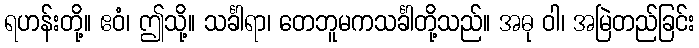
ရဟန်းတို့။ ဧဝံ၊ ဤသို့။ သင်္ခါရာ၊ တေဘူမကသင်္ခါတို့သည်။ အဓု ဝါ၊ အမြဲတည်ခြင်း